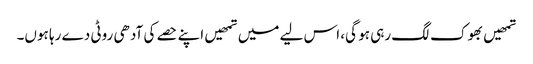
تمھیں بھوک لگ رہی ہو گی، اس لیے میں تمھیں اپنے حصے کی آدھی روٹی دے رہا ہوں۔